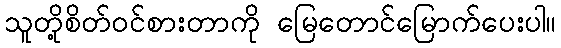
သူတို့စိတ်ဝင်စားတာကို မြေတောင်မြောက်ပေးပါ။